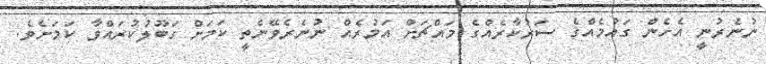
ނުނެރުނީ އެހެން ގައުމެއްގެ ސަރުކާރެއްގެ މައްޗަށް އަމުރެއް ނުނެރެވޭނެތީ ކަމަށް ގަބޫލުކުރައްވާ ކަމަށެވެ.